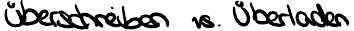
Überschreiben vs. Überladen